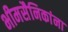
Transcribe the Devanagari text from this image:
भीमसैनिकांना